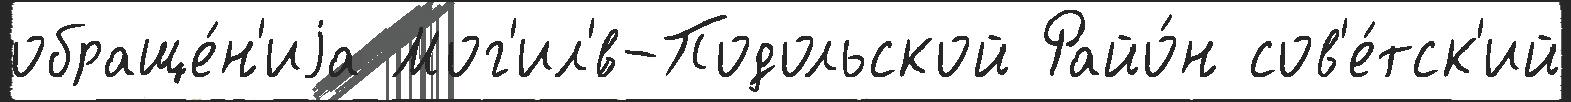
обраще́н'иjа Мог'ил'́в-Подольской Райо́н сов'е́тск'ий